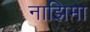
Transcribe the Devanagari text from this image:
नाझिमा